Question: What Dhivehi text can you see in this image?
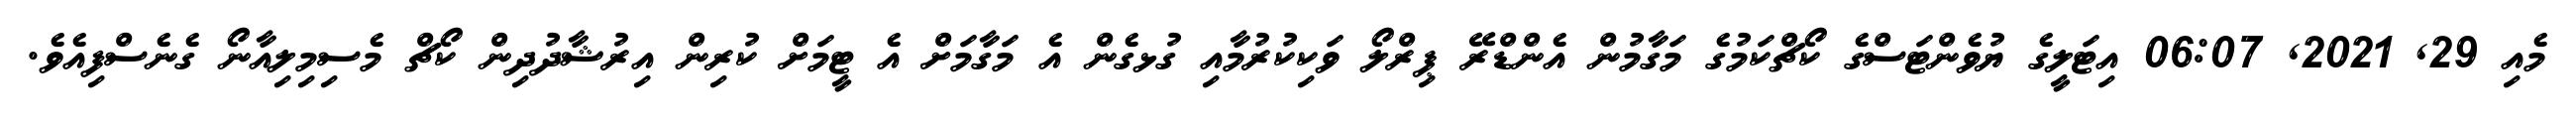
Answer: މެއި 29, 2021, 06:07 އިޓަލީގެ ޔުވެންޓަސްގެ ކޯޗްކަމުގެ މަގާމުން އެންޑްރޭ ޕިރްލޯ ވަކިކުރުމާއި ގުޅގެން އެ މަގާމަށް އެ ޓީމަށް ކުރިން އިރުޝާދުދިން ކޯޗް މެސިމިލިއާނޯ ގެނެސްފިއެވެ.